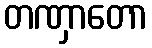
တဏှာတော